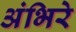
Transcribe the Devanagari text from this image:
अंभिरे